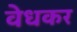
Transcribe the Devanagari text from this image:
वेधकर